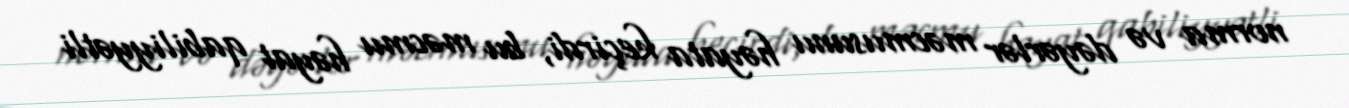
norma və dəyərlər məcmusunu həyata keçirdi, bu məcmu həyat qabiliyyətli